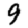
Digit: 9